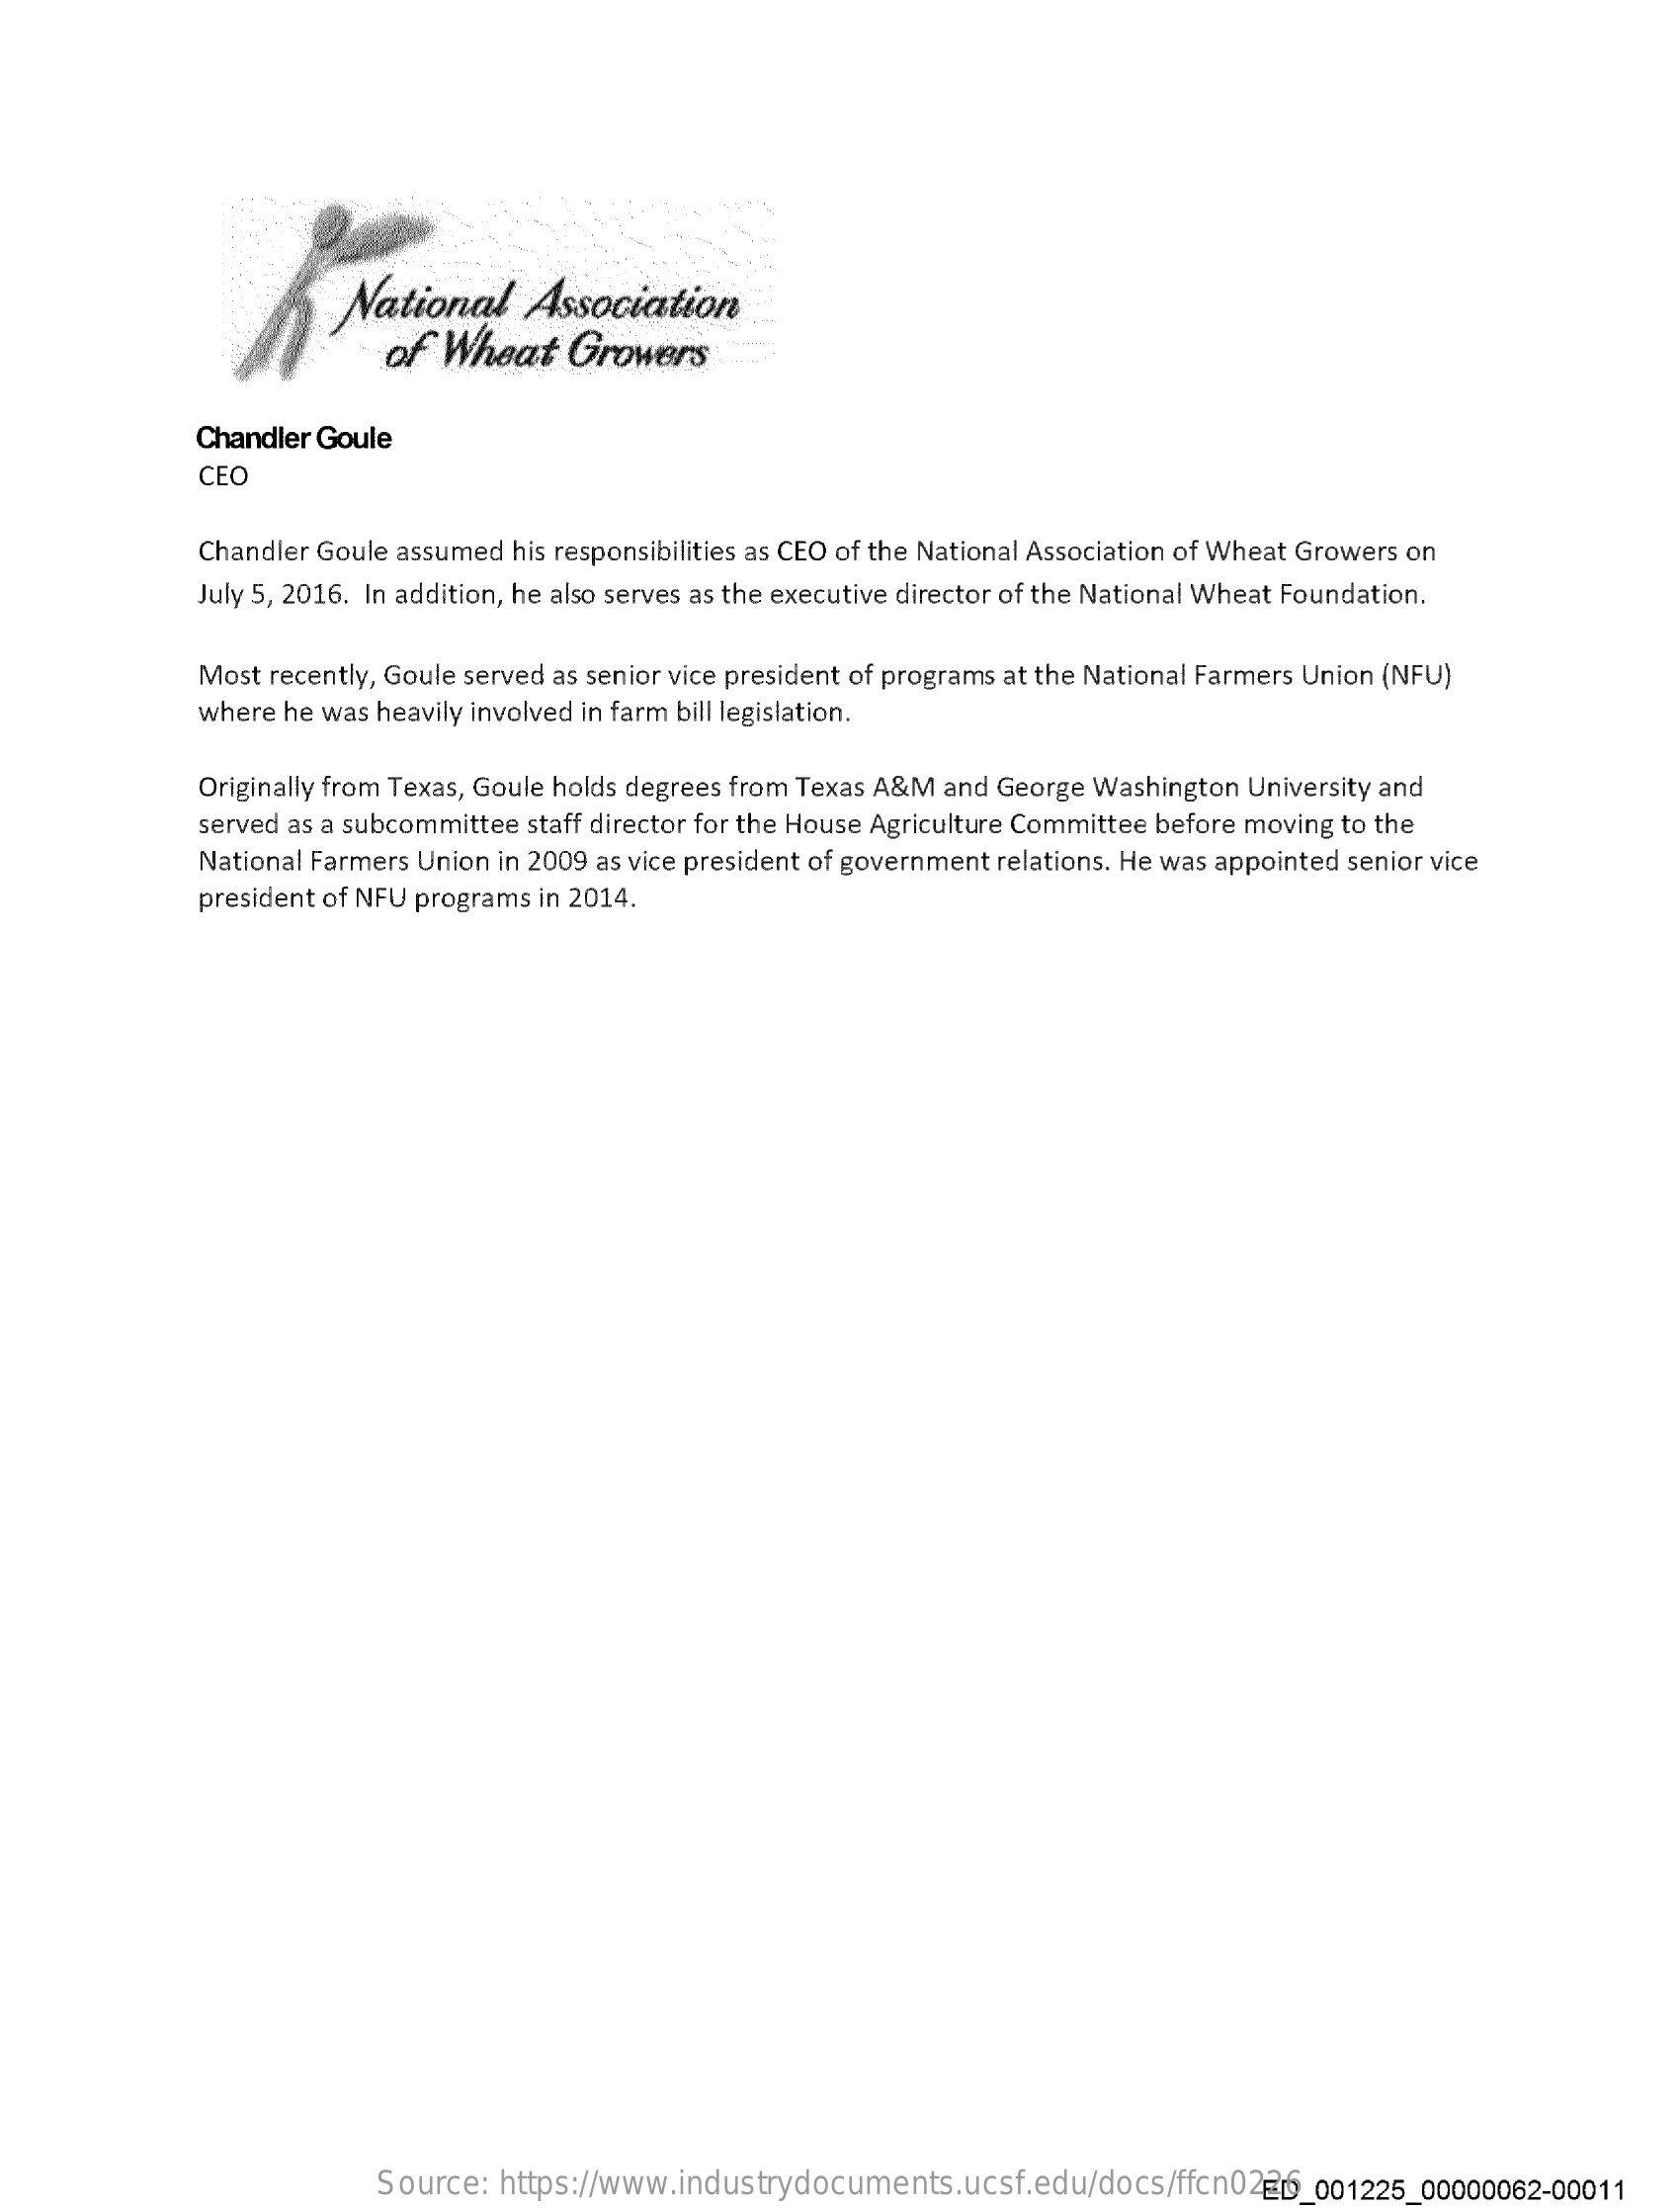
National    Association
     of  Wheat   Growers
     Chandler Goule
     CEO
     Chandler Goule assumed his responsibilities as CEO of the National Association of Wheat Growers on
     July 5, 2016. In addition, he also serves as the executive director of the National Wheat Foundation.
     Most recently, Goule served as senior vice president of programs at the National Farmers Union (NFU)
     where he was heavily involved in farm bill legislation.
     Originally from Texas, Goule holds degrees from Texas A&M and George Washington University and
     served as a subcommittee staff director for the House Agriculture Committee before moving to the
     National Farmers Union in 2009 as vice president of government relations. He was appointed senior vice
     president of NFU programs in 2014.
     Source: https://www.industrydocuments.ucsf.edu/docs/ffcn0226 ED_001225_00000062-00011